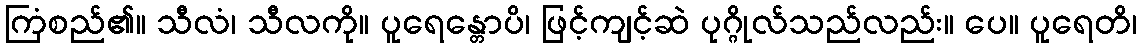
ကြံစည်၏။ သီလံ၊ သီလကို။ ပူရေန္တောပိ၊ ဖြင့်ကျင့်ဆဲ ပုဂ္ဂိုလ်သည်လည်း။ ပေ။ ပူရေတိ၊